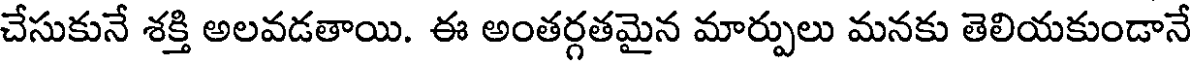
చేసుకునే శక్తి అలవడతాయి. ఈ అంతర్గతమైన మార్పులు మనకు తెలియకుండానే